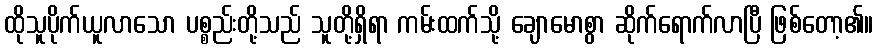
ထိုသူပိုက်ယူလာသော ပစ္စည်းတို့သည် သူတို့ရှိရာ ကမ်းထက်သို့ ချောမောစွာ ဆိုက်ရောက်လာပြီ ဖြစ်တော့၏။